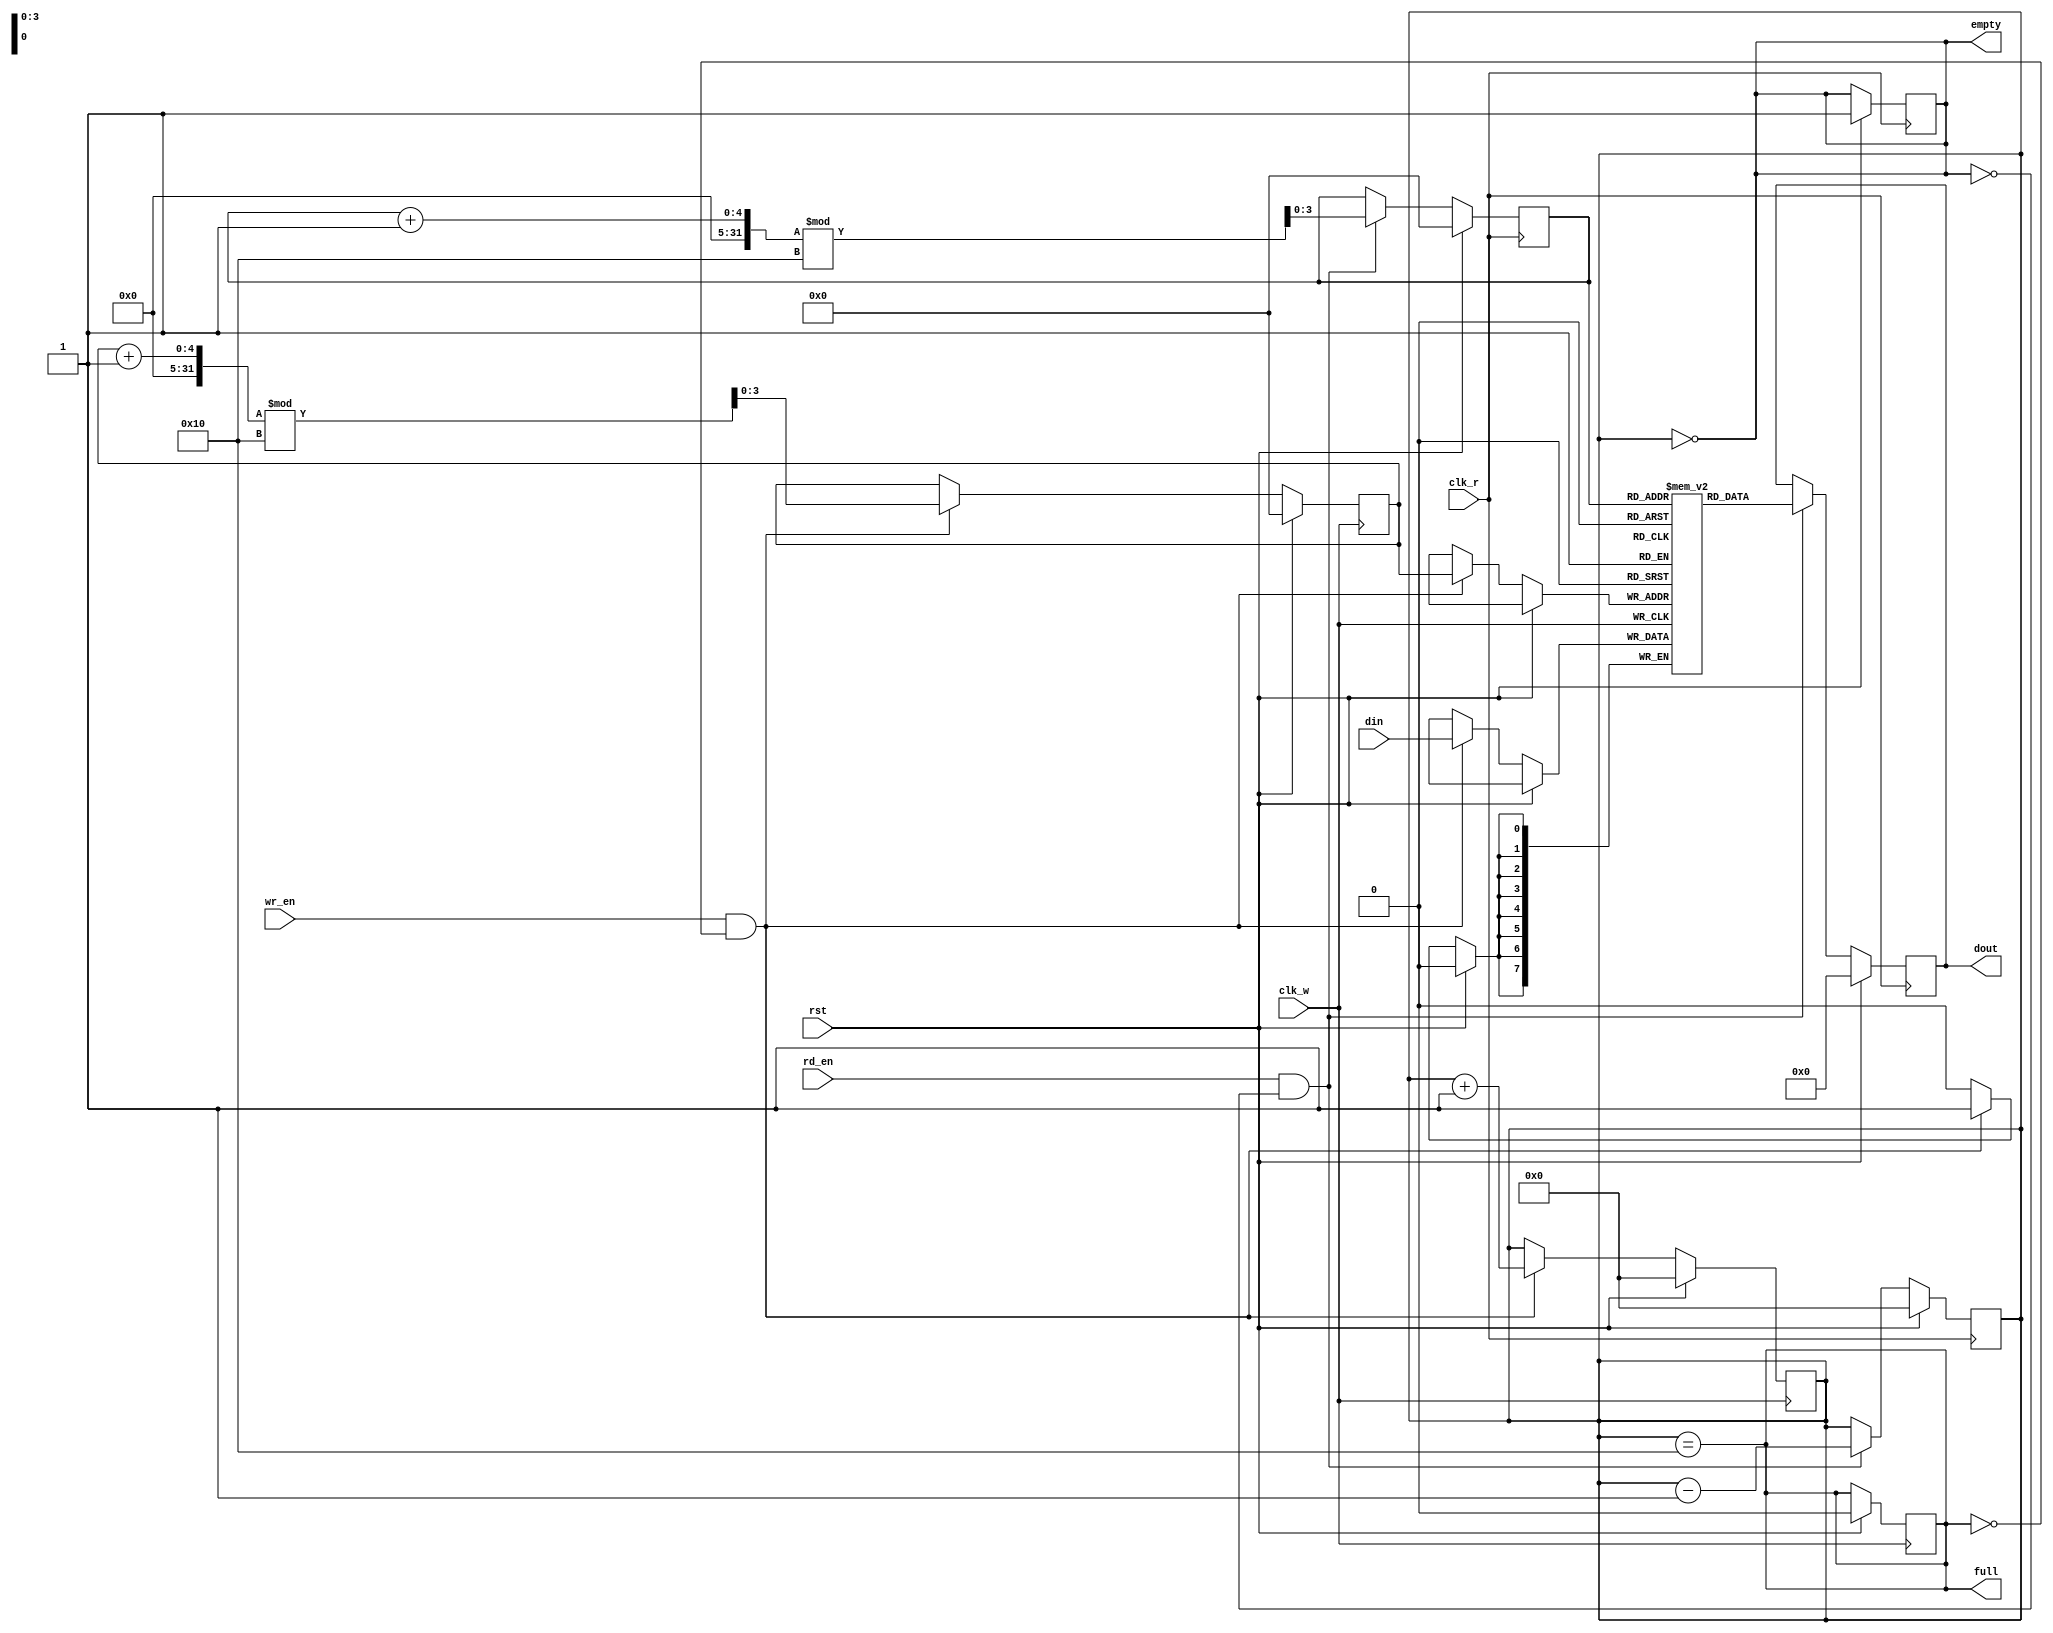
module dual_clock_fifo #(
    parameter DATA_WIDTH = 8,  // Width of each data entry
    parameter DEPTH = 16        // Depth of the FIFO
)(
    input wire clk_w,           // Write clock
    input wire clk_r,           // Read clock
    input wire rst,             // Synchronous reset
    input wire wr_en,           // Write enable
    input wire rd_en,           // Read enable
    input wire [DATA_WIDTH-1:0] din, // Data input
    output reg [DATA_WIDTH-1:0] dout, // Data output
    output reg full,            // FIFO full flag
    output reg empty            // FIFO empty flag
);

    // Memory storage
    reg [DATA_WIDTH-1:0] fifo_mem [0:DEPTH-1];

    // Write pointer and read pointer
    reg [3:0] wp, rp;           // Pointer size should be enough to address the depth
    reg [4:0] count;            // Count of the number of entries in the FIFO

    // Write operation
    always @(posedge clk_w) begin
        if (rst) begin
            wp <= 0;
            count <= 0;
            full <= 0;
        end else if (wr_en && !full) begin
            fifo_mem[wp] <= din;
            wp <= (wp + 1) % DEPTH;  // Wrap around
            count <= count + 1;
        end
    end

    // Read operation
    always @(posedge clk_r) begin
        if (rst) begin
            rp <= 0;
            count <= 0;
            empty <= 1;
            dout <= 0;
        end else if (rd_en && !empty) begin
            dout <= fifo_mem[rp];
            rp <= (rp + 1) % DEPTH;  // Wrap around
            count <= count - 1;
        end
    end

    // Update full and empty flags
    always @(*) begin
        full = (count == DEPTH);
        empty = (count == 0);
    end

endmodule